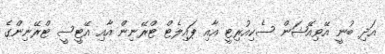
އަދި ބުނީ އޭވިއޭޝަން ސެކިއުރިޓީ އާއި ޕައިލެޓް ޓްރޭނިން އާއި އޭޓީސީ ޓްރޭނިންގެ